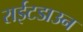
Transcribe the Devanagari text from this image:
राईटडाउन